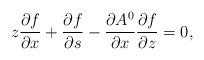
LaTeX: \begin{align*}z\frac{\partial f}{\partial x}+\frac{\partial f}{\partial s}-\frac{\partial A^0}{\partial x}\frac{\partial f}{\partial z}=0,\end{align*}